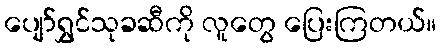
ပျော်ရွှင်သုခဆီကို လူတွေ ပြေးကြတယ်။